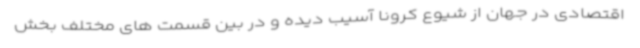
اقتصادی در جهان از شیوع کرونا آسیب دیده و در بین قسمت های مختلف بخش